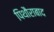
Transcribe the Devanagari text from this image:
पिथौराबाद